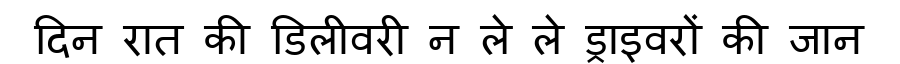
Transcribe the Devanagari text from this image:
दिन रात की डिलीवरी न ले ले ड्राइवरों की जान